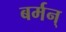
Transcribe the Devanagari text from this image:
बर्मन्